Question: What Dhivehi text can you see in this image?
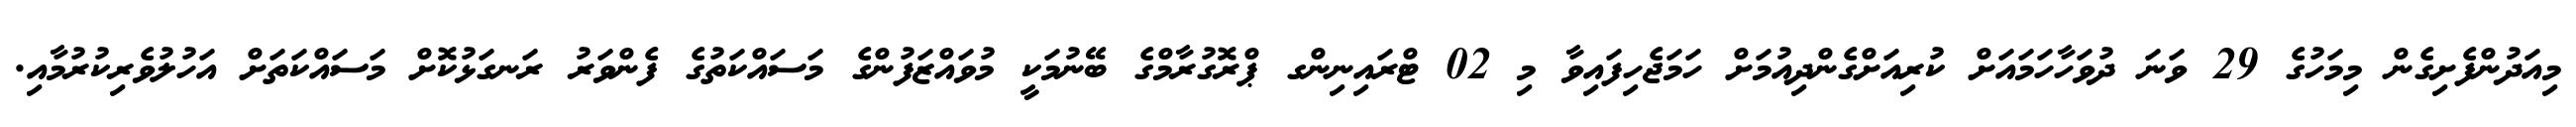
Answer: މިއަދުންފެށިގެން މިމަހުގެ 29 ވަނަ ދުވަހާހަމައަށް ކުރިއަށްގެންދިއުމަށް ހަމަޖެހިފައިވާ މި 02 ޓްރައިނިންގ ޕްރޮގުރާމްގެ ބޭނުމަކީ މުވައްޒަފުންގެ މަސައްކަތުގެ ފެންވަރު ރަނގަޅުކޮށް މަސައްކަތަށް އަހުލުވެރިކުރުމާއި.